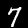
Label: 7